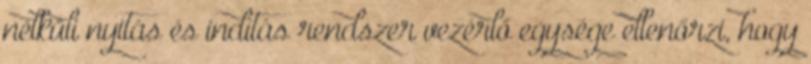
nélküli nyitás és indítás rendszer vezérlő egysége ellenőrzi, hogy